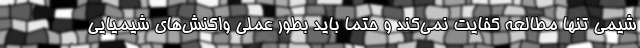
شیمی تنها مطالعه کفایت نمی‌کند و حتما باید بطور عملی واکنش‌های شیمیایی